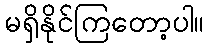
မရှိနိုင်ကြတော့ပါ။